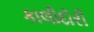
કાલીદોરી